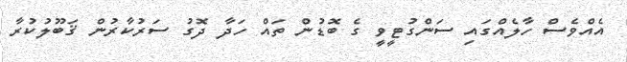
އެއްވެސް ހާލެއްގައި ސަންގުޓީވީ ގެ ބޮޑުން ތައް ހަދާ ދޮގު ސަރުކާރުން ޤަބޫލުކުރާ